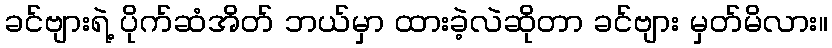
ခင်ဗျားရဲ့ ပိုက်ဆံအိတ် ဘယ်မှာ ထားခဲ့လဲဆိုတာ ခင်ဗျား မှတ်မိလား။